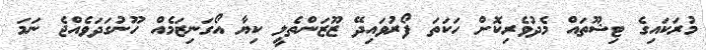
މުރަކައިގެ ޓިޝޫތައް މެދުވެރިކޮށް ހަކަތަ ފޯރުވައިދޭ ޒޫޒަންތެލީ ކިޔާ އޯގަނިޒަމެއް ހޫނުގަދަވެއްޖެ ނަމަ